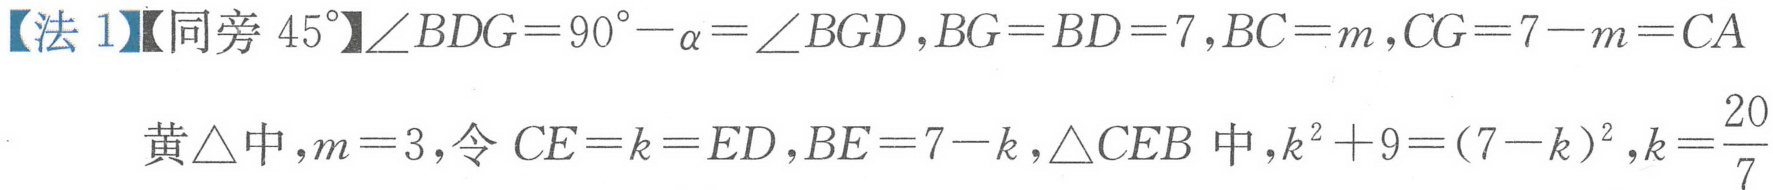
【法 1】【同旁 \(45^{\circ}\)】\(\angle BDG = 90^{\circ}-\alpha=\angle BGD,BG = BD = 7,BC = m,CG = 7 - m = CA\)
黄\(\triangle\)中，\(m = 3\)，令 \(CE = k = ED,BE = 7 - k,\triangle CEB\)中，\(k^{2}+9=(7 - k)^{2},k=\frac{20}{7}\)